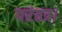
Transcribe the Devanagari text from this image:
परंतत्र।